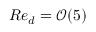
R e _ { d } = \mathcal { O } ( 5 )